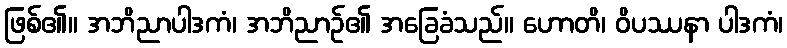
ဖြစ်၏။ အဘိညာပါဒကံ၊ အဘိညာဉ်၏ အခြေခံသည်။ ဟောတိ၊ ဝိပဿနာ ပါဒကံ၊